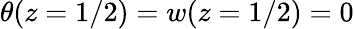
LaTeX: \theta(z=1/2)=w(z=1/2)=0